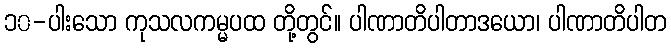
၁၀-ပါးသော ကုသလကမ္မပထ တို့တွင်။ ပါဏာတိပါတာဒယော၊ ပါဏာတိပါတ